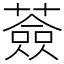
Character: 薟